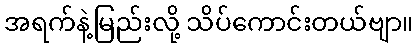
အရက်နဲ့မြည်းလို့ သိပ်ကောင်းတယ်ဗျာ။